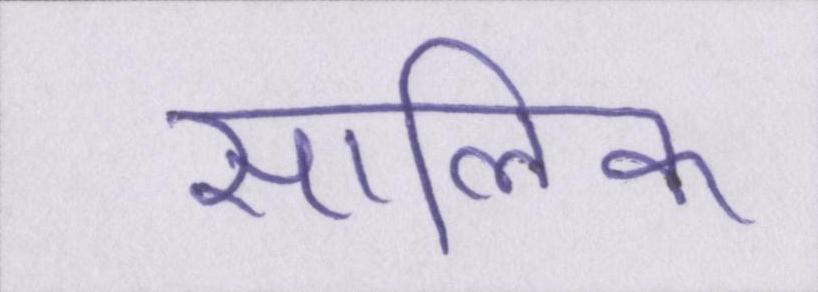
सालिक